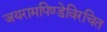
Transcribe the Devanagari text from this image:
जयरामपिण्डेविरचित